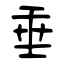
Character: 垂